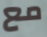
مع